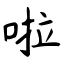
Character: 啦